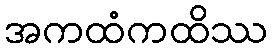
အကထံကထိဿ